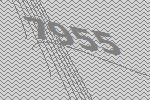
7955